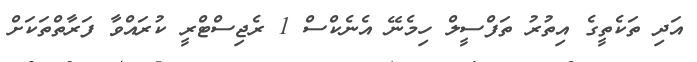
އަދި ތަކެތީގެ އިތުރު ތަފްސީލް ހިމެނޭ އެނެކްސް 1 ރެޖިސްޓްރީ ކުރައްވާ ފަރާތްތަކަށް